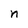
Character: n